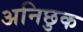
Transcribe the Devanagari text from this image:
अनिछुक